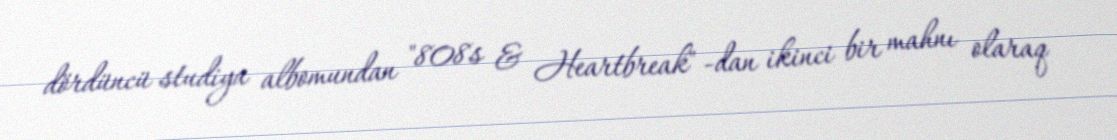
dördüncü studiya albomundan "808s & Heartbreak" -dan ikinci bir mahnı olaraq